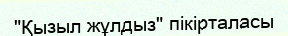
"Қызыл жұлдыз" пікірталасы